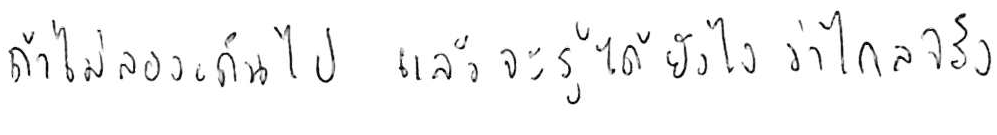
ถ้าไม่ลองเดินไป แล้วจะรู้ได้ยังไงว่าไกลจริง